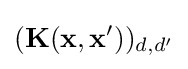
({\textbf {K}}({\textbf {x}},{\textbf {x}}'))_{d,d'}